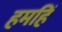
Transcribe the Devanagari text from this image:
हमहिं